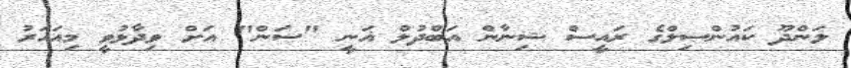
ލަންދޫ ކައުންސިލްގެ ރައީސް ޝިނާން އަބްދުލް ޣަނީ "ސަން" އަށް ވިދާޅުވީ މިއަހަރު